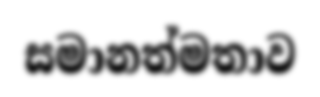
සමානත්මතාව